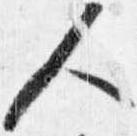
人